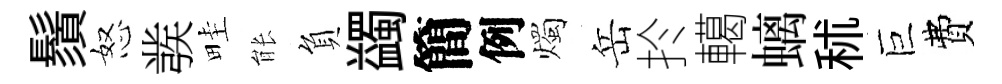
鬚怒彂畦䏻負蠲簡例燭岳扵轕螭秫巨費